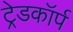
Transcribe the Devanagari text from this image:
ट्रेडकॉर्प